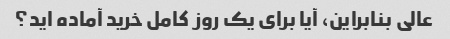
عالی بنابراین، آیا برای یک روز کامل خرید آماده اید؟